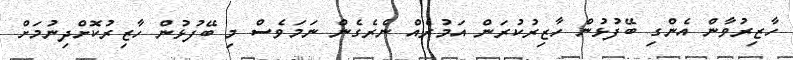
ހާޒިރުވާން އެންގި ބޭފުޅުން ހާޒިރުކުރަން އަމުރެއް ނެރެގެން ނަމަވެސް މި ބޭފުޅުން ހާޒިރުކޮށްދިނުމަށް